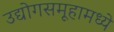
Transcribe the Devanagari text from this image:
उद्योगसमूहामध्ये